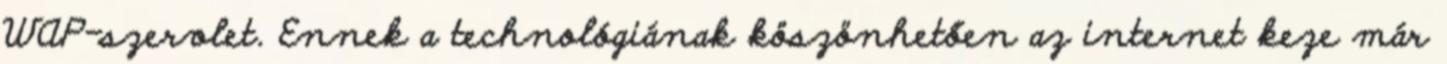
WAP-szervlet. Ennek a technológiának köszönhetően az internet keze már